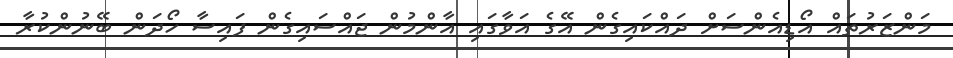
މަންޒަރުތައް އޯޑިއެންސަށް ދައްކައިގެން އޭގެ އަވާގައި އާންމުން ޖައްސައިގެން ފައިސާ ހޯދަން ބޭނުންކުރާ